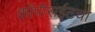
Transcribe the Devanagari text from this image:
कॉपीराईटचा